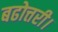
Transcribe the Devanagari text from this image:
बढोत्तरी।